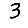
Digit: 3